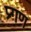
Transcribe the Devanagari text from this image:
प्र्गण